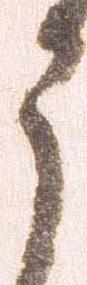
う